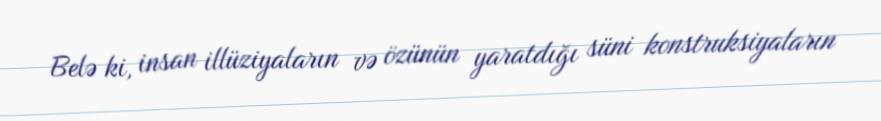
Belə ki, insan illüziyaların və özünün yaratdığı süni konstruksiyaların